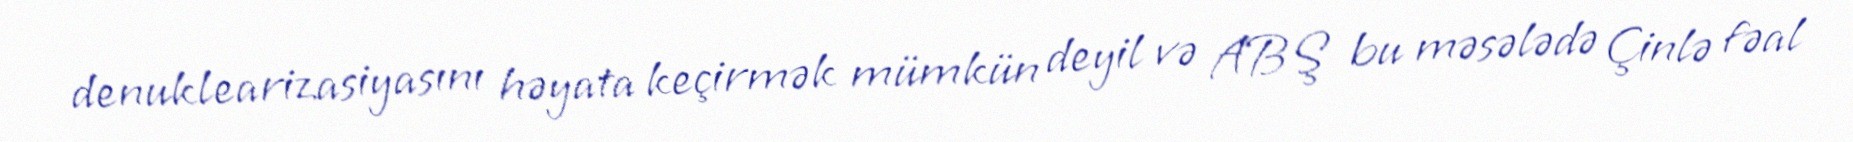
denuklearizasiyasını həyata keçirmək mümkün deyil və ABŞ bu məsələdə Çinlə fəal